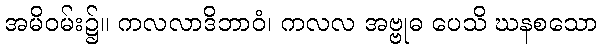
အမိဝမ်း၌။ ကလလာဒိဘာဝံ၊ ကလလ အဗ္ဗုဓ ပေသိ ဃနစသော